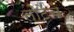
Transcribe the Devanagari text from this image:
तोटेच